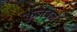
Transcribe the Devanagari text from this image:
कुजबुज